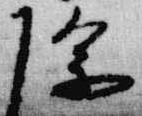
除